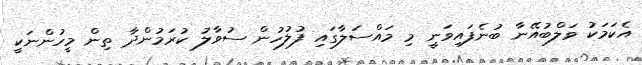
އެކަމަކު ވަލްބުއޭނާ ބުނެފައިވަނީ މި މައްސަލާގައި ފުލުހުން ސުވާލު ކުރަމުންދާ ތިން މީހުންނަކީ